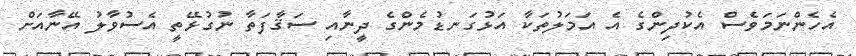
އެހެންނަމަވެސް އެކުދިންގެ އެ އަމަލުތަކާ އަޅުގަނޑުމެންގެ ދީނާއި ސަޤާފަތާ ނުގުޅޭތީ އެސުވާލު އޭނާއަށް